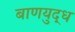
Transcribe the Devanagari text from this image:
बाणयुद्ध